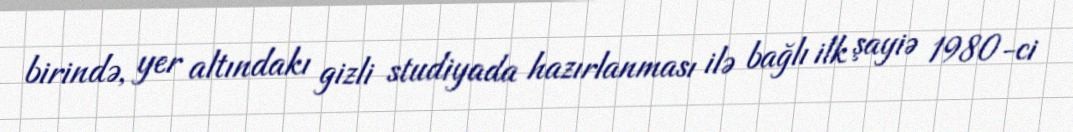
birində, yer altındakı gizli studiyada hazırlanması ilə bağlı ilk şayiə 1980-ci